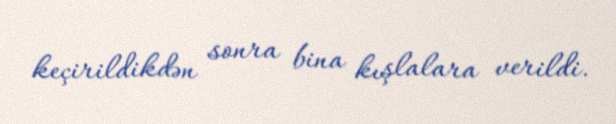
keçirildikdən sonra bina kışlalara verildi.